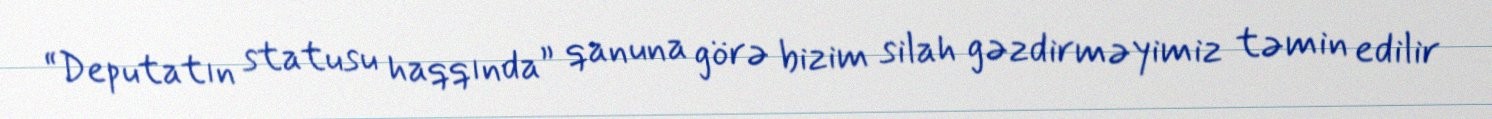
“Deputatın statusu haqqında” qanuna görə bizim silah gəzdirməyimiz təmin edilir